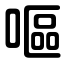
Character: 嘔